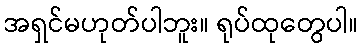
အရှင်မဟုတ်ပါဘူး။ ရုပ်ထုတွေပါ။